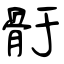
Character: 骬